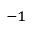
^ { - 1 }